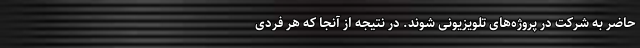
حاضر به شرکت در پروژه‌های تلویزیونی شوند. در نتیجه از آنجا که هر فردی